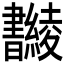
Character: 𣍚